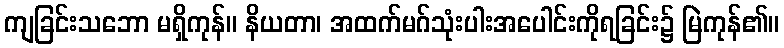
ကျခြင်းသဘော မရှိကုန်။ နိယတာ၊ အထက်မဂ်သုံးပါးအပေါင်းကိုရခြင်း၌ မြဲကုန်၏။